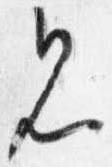
見